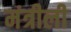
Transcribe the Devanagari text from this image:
मंत्रीली